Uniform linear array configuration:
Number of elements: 64
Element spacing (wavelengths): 1
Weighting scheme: blackman
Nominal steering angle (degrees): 60
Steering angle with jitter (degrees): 59.16
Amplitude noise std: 0.05
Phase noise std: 0.05

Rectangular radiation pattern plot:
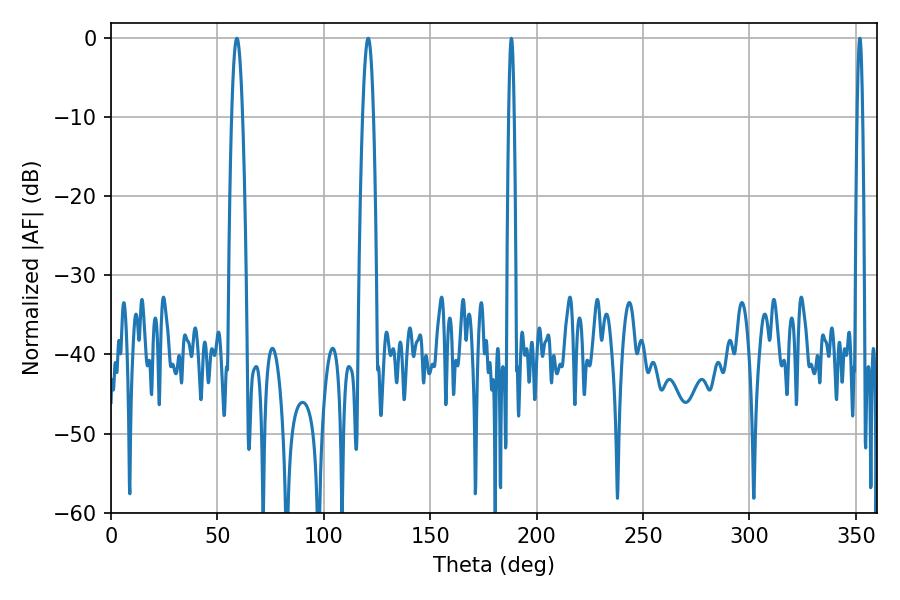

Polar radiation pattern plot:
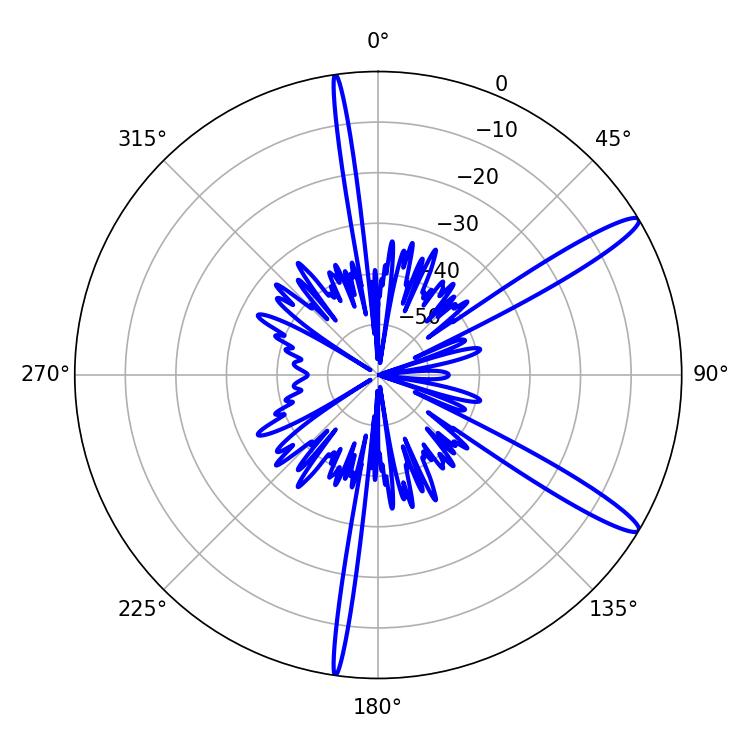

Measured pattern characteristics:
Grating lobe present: TRUE
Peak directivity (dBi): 13.762
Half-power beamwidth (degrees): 1.44
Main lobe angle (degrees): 188.1